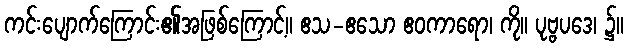
ကင်းပျောက်ကြောင်း၏အဖြစ်ကြောင့်။ ဧသ-ဧသော ဧဝကာရော၊ ကို။ ပုဗ္ဗပဒေ၊ ၌။